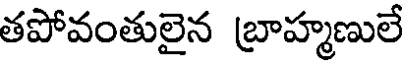
తపోవంతులైన బ్రాహ్మణులే